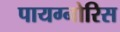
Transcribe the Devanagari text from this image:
पायग्नोरिस